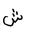
Letter: _shin